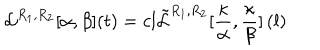
\mathcal { L } ^ { R _ { 1 } , R _ { 2 } } [ \alpha , \beta ] ( t ) = c l \tilde { \mathcal { L } } ^ { R _ { 1 } , R _ { 2 } } [ \frac { \kappa } { \alpha } , \frac { \kappa } { \beta } ] \left( l \right)